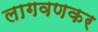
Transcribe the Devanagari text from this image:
लागवणकर